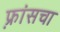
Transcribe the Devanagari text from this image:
फ़्रांसचा